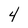
Character: 4